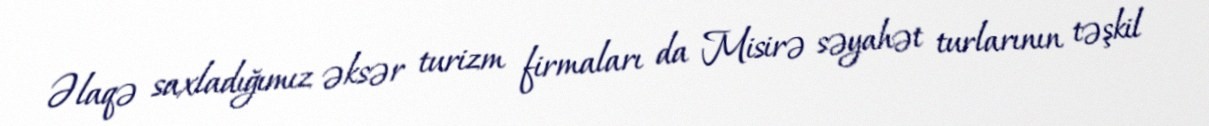
Əlaqə saxladığımız əksər turizm firmaları da Misirə səyahət turlarının təşkil